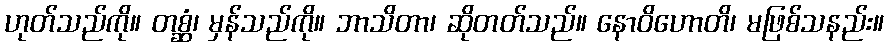
ဟုတ်သည်ကို။ တစ္ဆံ၊ မှန်သည်ကို။ ဘာသိတာ၊ ဆိုတတ်သည်။ နောဝိဟောတိ၊ မဖြစ်သနည်း။